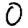
Digit: 0